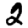
Digit: 2